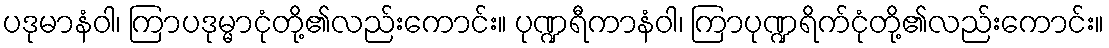
ပဒုမာနံဝါ၊ ကြာပဒုမ္မာငုံတို့၏လည်းကောင်း။ ပုဏ္ဍရီကာနံဝါ၊ ကြာပုဏ္ဍရိက်ငုံတို့၏လည်းကောင်း။